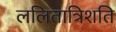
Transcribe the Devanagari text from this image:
ललितात्रिशति